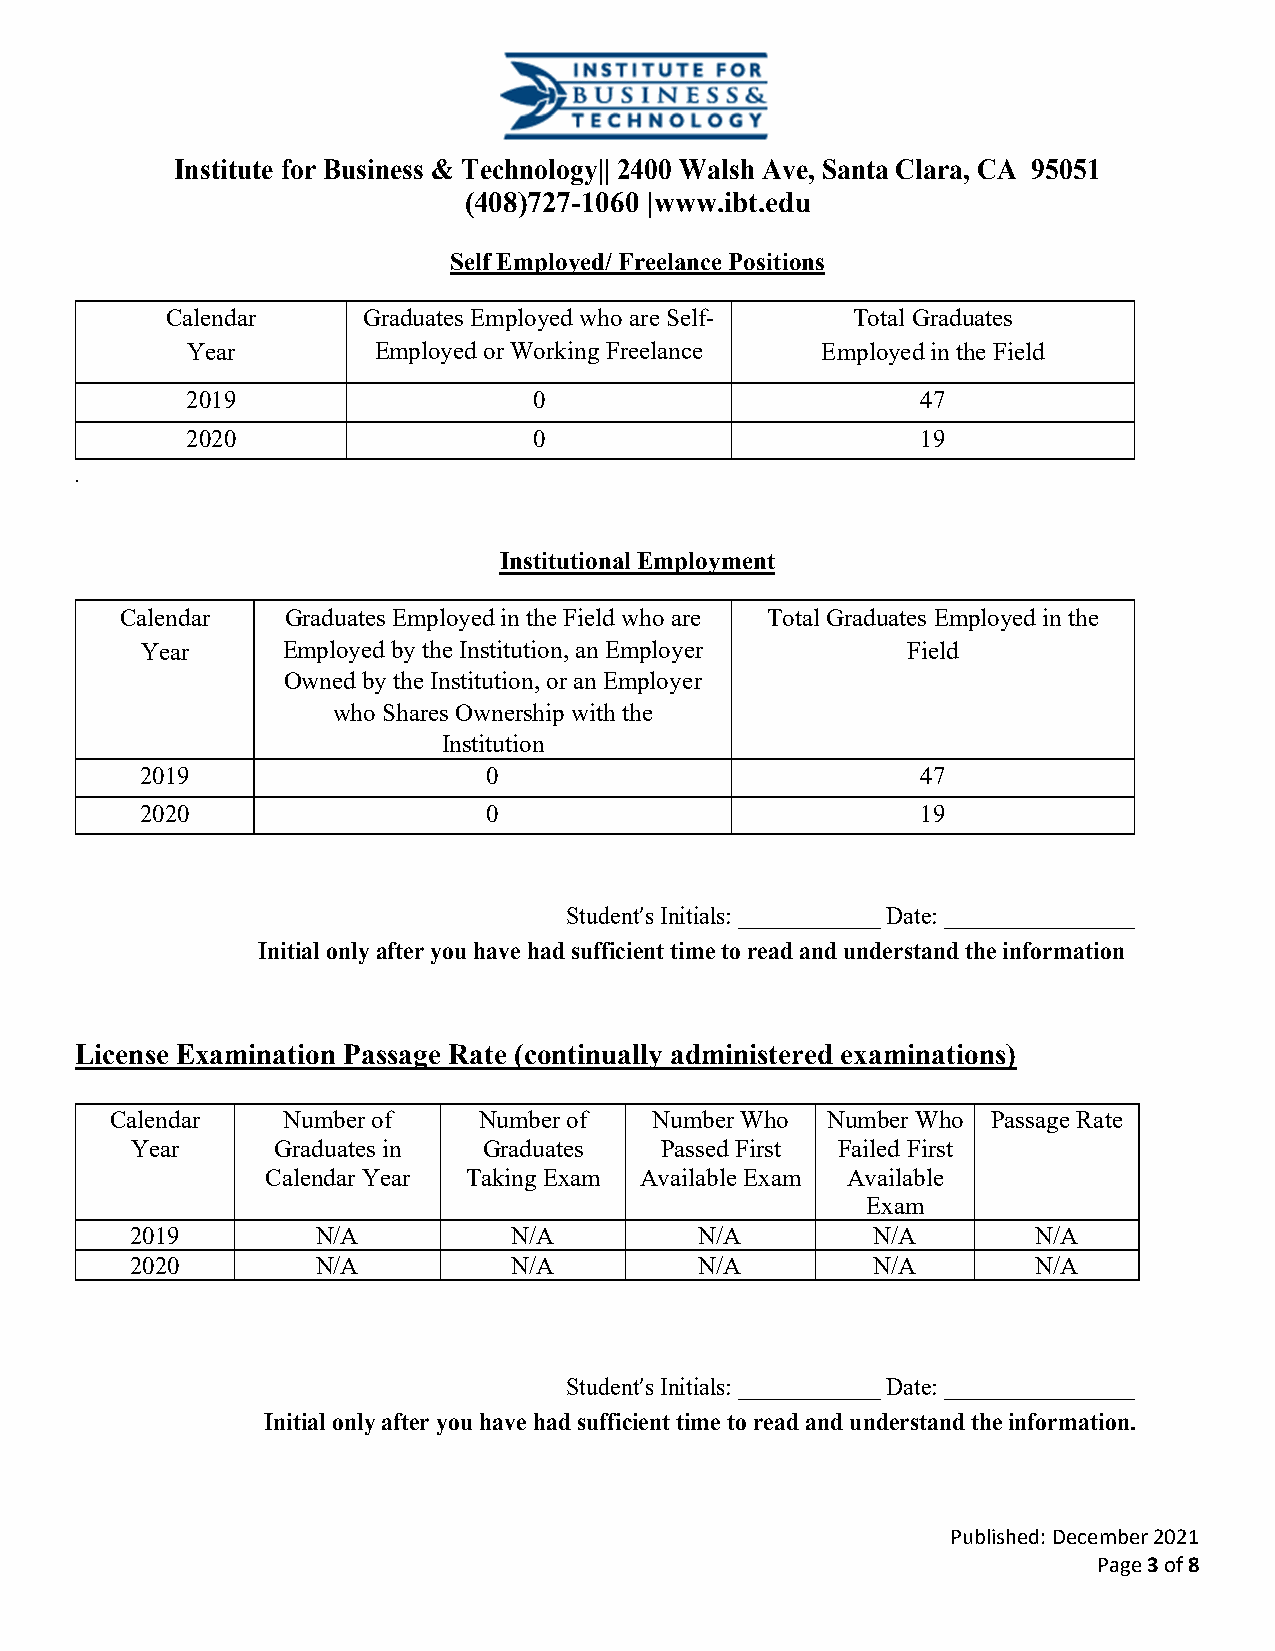
Institute for Business & Technology|| 2400 Walsh Ave, Santa Clara, CA 95051
 (408)727-1060 |www.ibt.edu
 Self Employed/ Freelance Positions
 Calendar     Graduates Employed who are Self- Total Graduates
 Year         Employed or Working Freelance Employed in the Field
 2019                   0                         47
 2020                   0                         19
 .
 Institutional Employment
 Calendar   Graduates Employed in the Field who are Total Graduates Employed in the
 Year      Employed by the Institution, an Employer Field
 Owned by the Institution, or an Employer
 who Shares Ownership with the
 Institution
 2019                   0                            47
 2020                   0                            19
 Student’s Initials: ____________ Date: ________________
 Initial only after you have had sufficient time to read and understand the information
 License Examination Passage Rate (continually administered examinations)
 Calendar    Number of    Number of  Number Who  Number Who Passage Rate
 Year     Graduates in  Graduates   Passed First Failed First
 Calendar Year Taking Exam Available Exam Available
 Exam
 2019        N/A          N/A         N/A         N/A        N/A
 2020        N/A          N/A         N/A         N/A        N/A
 Student’s Initials: ____________ Date: ________________
 Initial only after you have had sufficient time to read and understand the information.
 Published: December 2021
 Page 3 of 8